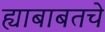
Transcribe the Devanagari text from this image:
ह्याबाबतचे